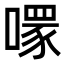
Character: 𠾪